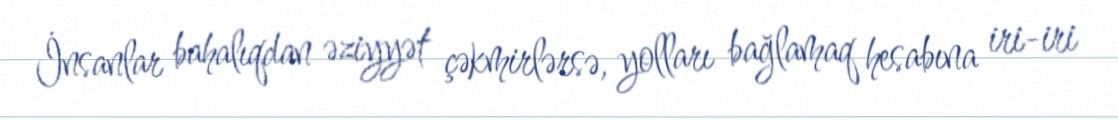
İnsanlar bahalıqdan əziyyət çəkmirlərsə, yolları bağlamaq hesabına iri-iri